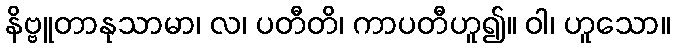
နိဗ္ဗူတာနုသာမာ၊ လ၊ ပတီတိ၊ ကာပတီဟူ၍။ ဝါ၊ ဟူသော။